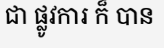
ជា ផ្លូវការ ក៏ បាន